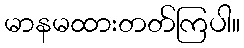
မာနမထားတတ်ကြပါ။